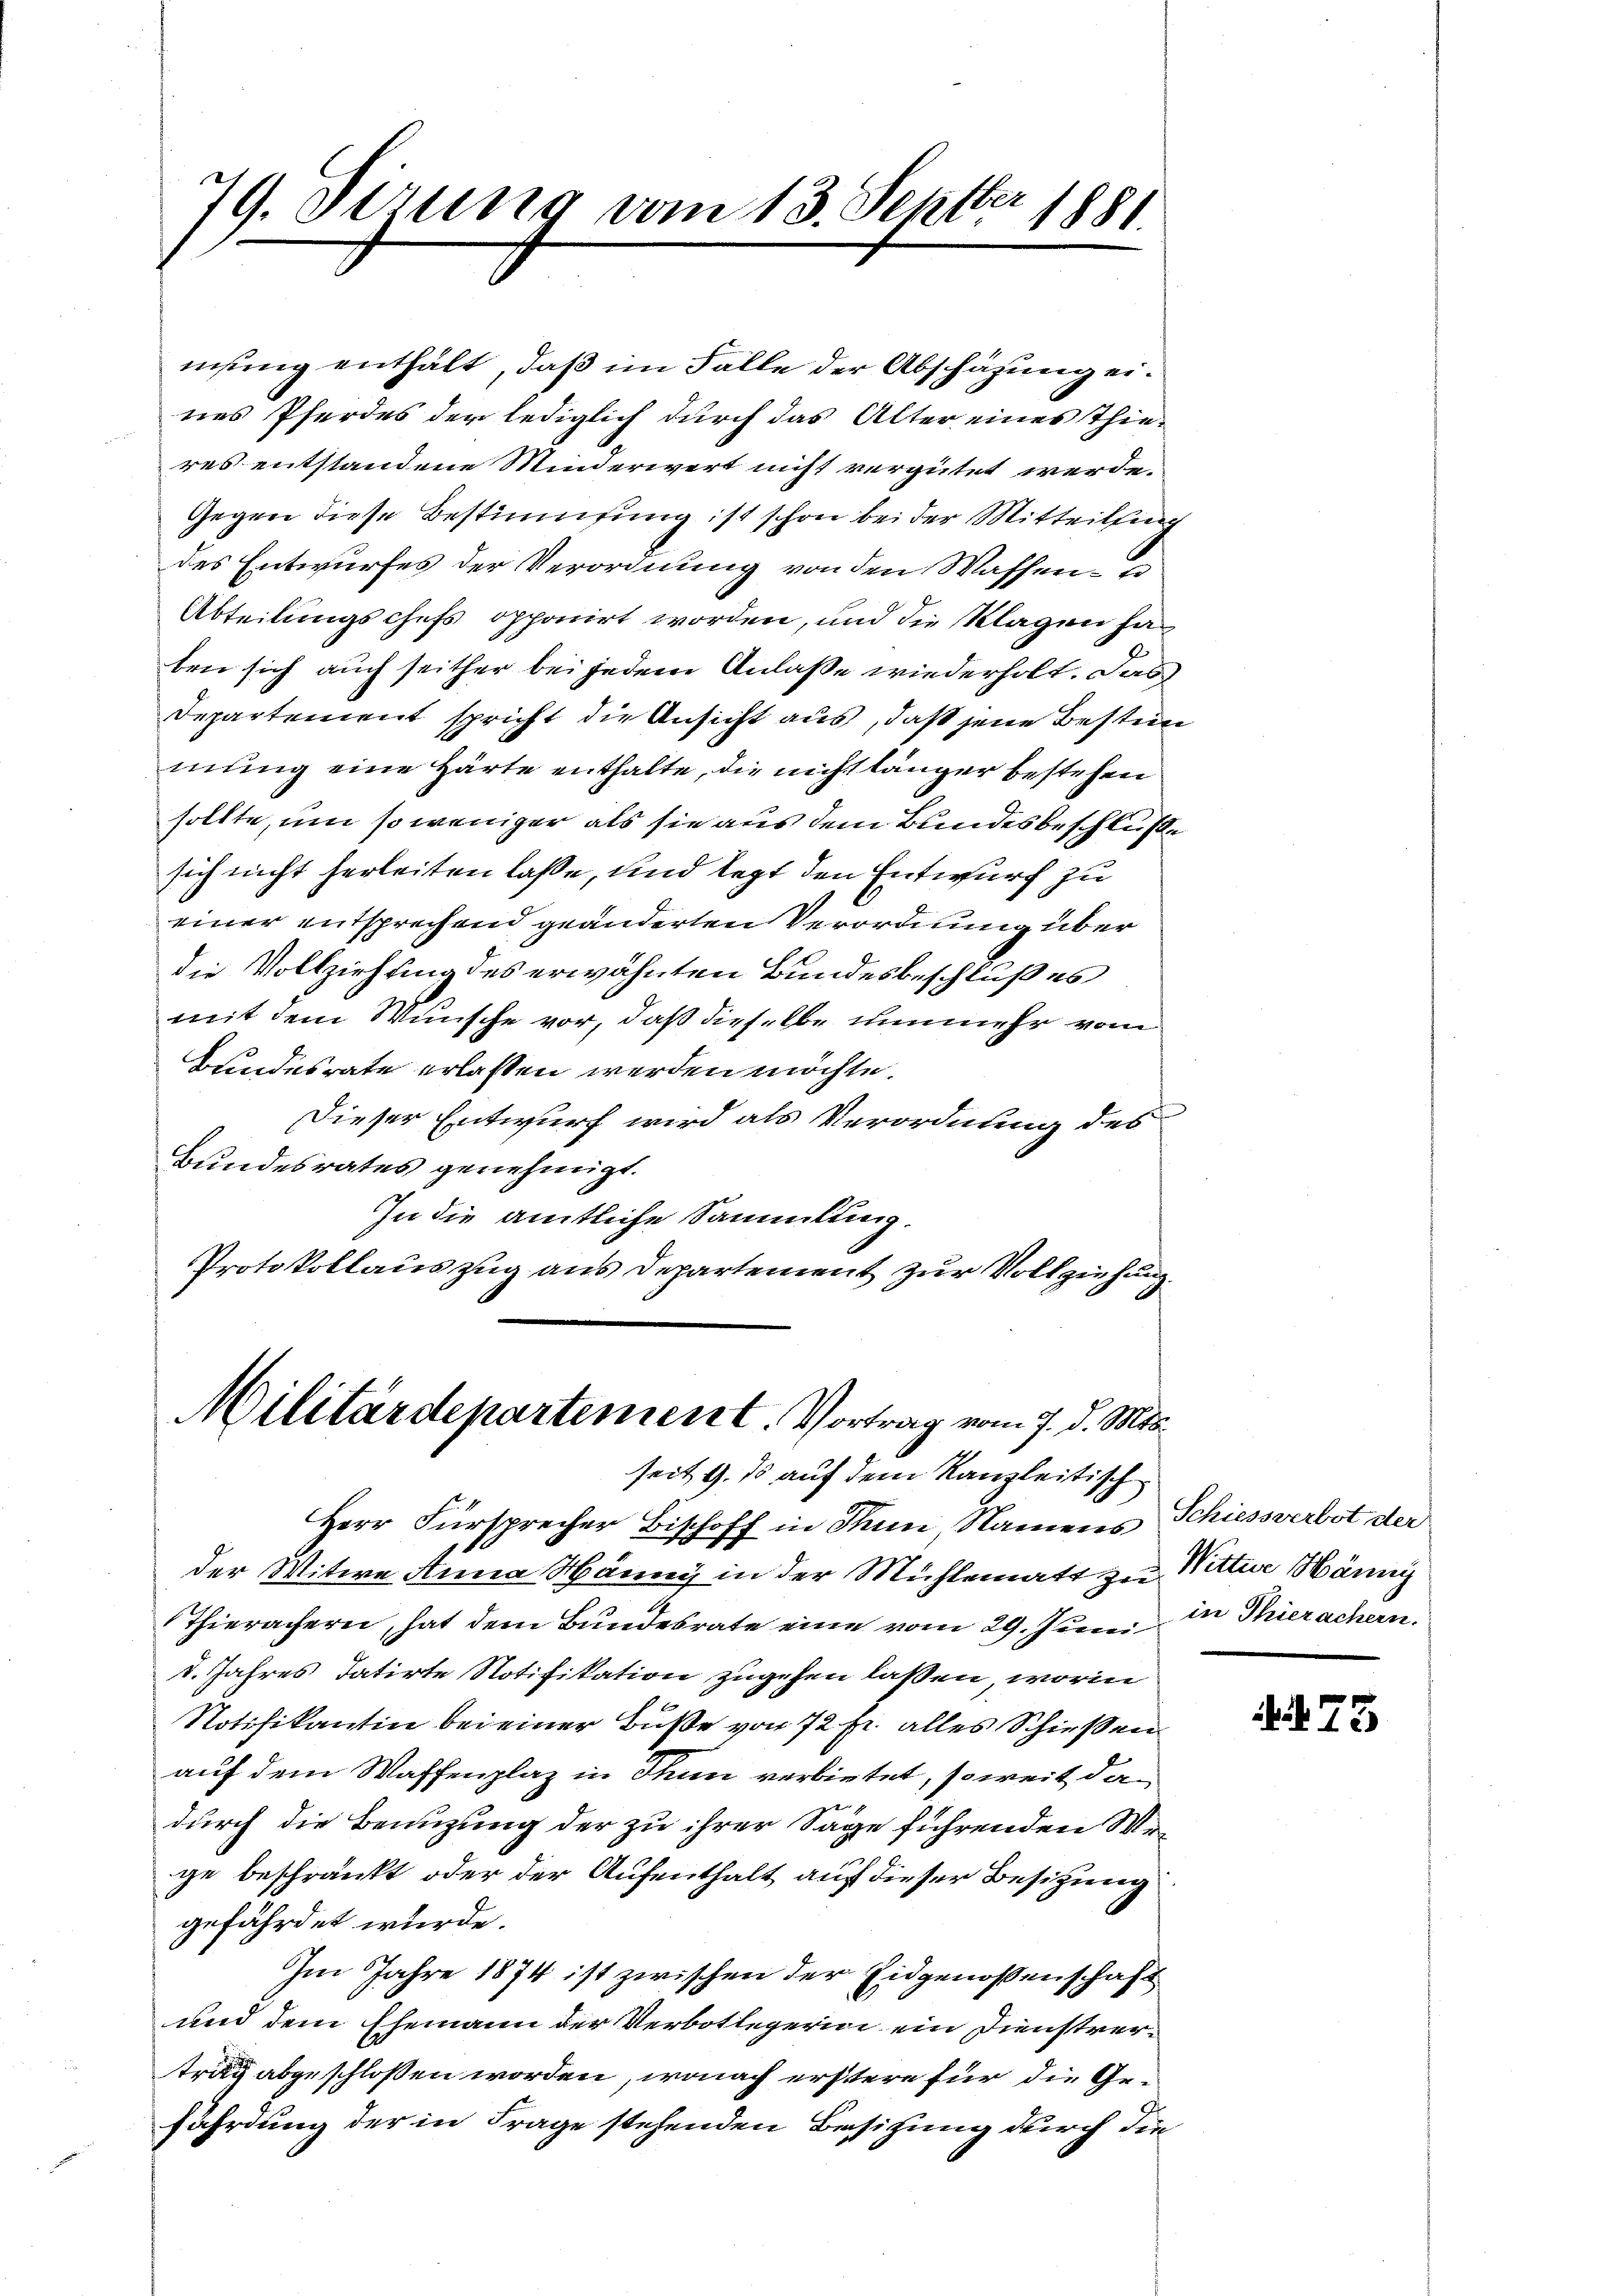
79. Gerung vom 13. Septbr 1881

nisung enthalt, daß im Falle der Abschazung eines Pferdes der lediglich durch das Alter eines Thieres entstandene Minderwert nicht vergütet werde.
Gegen diese Bestimmung ist schon bei der Mitteilung
des Entwurfes der Verordnung von den Waffen- u
Abteilungschefs opponirt worden, und die Klagen ha
ben sich auch seither bei jedem Anlaße wiederholt. Das
Departement spricht die Ansicht aus, daß jene Bestim
mung eine Härte enthalte, die nicht länger bestehen
sollte, um so weniger als sie aus dem Bundesbeschluße
sich nicht herleiten laße, und legt den Entwurf zu
einer entsprechend geänderten Verordnung über
die Vollziehung des erwähnten Bundesbeschluß es
mit dem Wunsche vor, daß dieselbe nunmehr vom
Bundesrate erlassen werden möchte.
Dieser Entwurf wird als Verordnung des
Bundesrates genehmigt.
In die amtliche Sammlung.
Protokollauszug aus Departement zur Vollziehung.
d

Militärdepartement. Vortrag vom 7. d. Mts.
seit 9. 10 auf dem Kanzleitisch

Herr Fürsprecher Bischoff in Thun Namens
der Witwe Anna Hänny in der Mühlematt zu
Thierachern, hat dem Bundesrate eine vom 29. Juni
d. Jahres datirte Notifikation zugehen laßen, worin
Notifikantin bei einer Buße von 72 fr. alles Schießen
auf dem Waffenplaz in Thun verbietet, soweit dadurch die Benutzung der zu ihrer Sage führenden Urge beschränkt oder der Aufenthalt auf dieser Besitzung
gefährdet wurde.
Im Jahre 1874 ist zwischen der Eidgenoßenschaft
und dem Ehemann der Verbotlegerin ein Dienstrertrag abgeschlossen worden, wonach erstere für die Gefährdung der in Frage stehenden Besitzung durch die

Schiessverbot der
Wittwe Hänny
in Thierachern.

A73